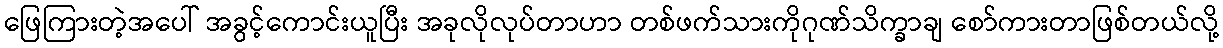
ဖြေကြားတဲ့အပေါ် အခွင့်ကောင်းယူပြီး အခုလိုလုပ်တာဟာ တစ်ဖက်သားကိုဂုဏ်သိက္ခာချ စော်ကားတာဖြစ်တယ်လို့